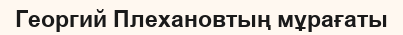
Георгий Плехановтың мұрағаты